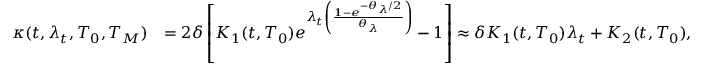
\begin{array} { r l } { \kappa ( t , \lambda _ { t } , T _ { 0 } , T _ { M } ) } & { = 2 \delta \left[ K _ { 1 } ( t , T _ { 0 } ) e ^ { \lambda _ { t } \left( \frac { 1 - e ^ { - \theta _ { \lambda } / 2 } } { \theta _ { \lambda } } \right) } - 1 \right] \approx \delta K _ { 1 } ( t , T _ { 0 } ) \lambda _ { t } + K _ { 2 } ( t , T _ { 0 } ) , } \end{array}